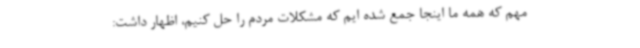
مهم که همه ما اینجا جمع شده ایم که مشکلات مردم را حل کنیم، اظهار داشت: